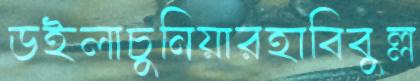
ডইলাচুনিয়ারহাবিবুল্ল